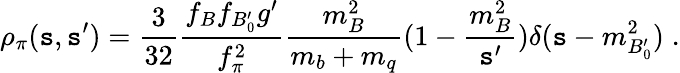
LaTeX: \rho_{\pi}(\mathtt{s},\mathtt{s}^{\prime})={\frac{{3}}{{32}}}{\frac{{f_{B}f_{B_{0}^{\prime}}g^{\prime}}}{{f_{\pi}^{2}}}}{\frac{{m_{B}^{2}}}{{m_{b}+m_{q}}}}(1-{\frac{{m_{B}^{2}}}{{\mathtt{s}^{\prime}}}})\delta(\mathtt{s}-m_{B_{0}^{\prime}}^{2})\; .